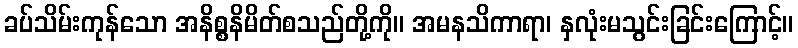
ခပ်သိမ်းကုန်သော အနိစ္စနိမိတ်စသည်တို့ကို။ အမနသိကာရာ၊ နှလုံးမသွင်းခြင်းကြောင့်။